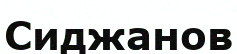
Сиджанов